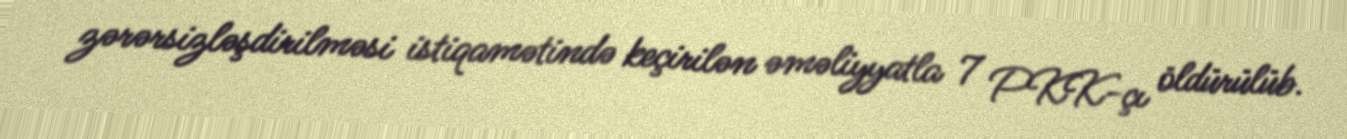
zərərsizləşdirilməsi istiqamətində keçirilən əməliyyatla 7 PKK-çı öldürülüb.